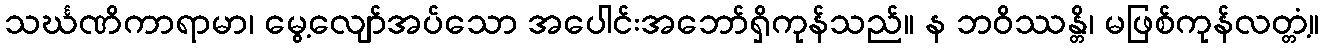
သင်္ဃဏိကာရာမာ၊ မွေ့လျော်အပ်သော အပေါင်းအဘော်ရှိကုန်သည်။ န ဘဝိဿန္တိ၊ မဖြစ်ကုန်လတ္တံ့။